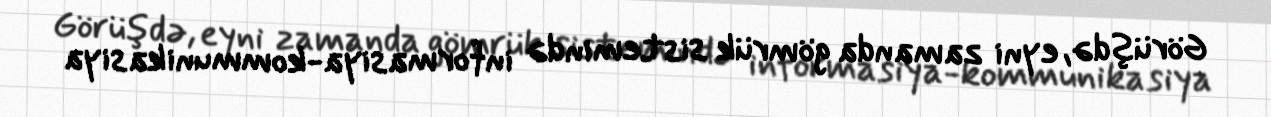
Görüşdə, eyni zamanda gömrük sistemində informasiya-kommunikasiya